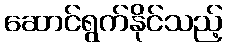
ဆောင်ရွက်နိုင်သည့်